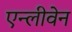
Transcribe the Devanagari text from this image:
एन्लीवेन